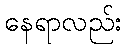
နေရာလည်း